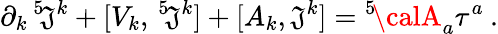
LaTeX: \partial_{k}\, {}^{5}\! \mathfrak{J}^{k}+[V_{k},\, {}^{5}\! \mathfrak{J}^{k}]+[A_{k},\mathfrak{J}^{k}]={}^{5}\! {\calA}_{a}\tau^{a}\: .